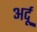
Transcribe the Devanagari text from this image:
अर्दू